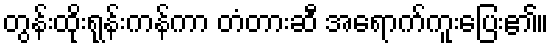
တွန်းထိုးရုန်းကန်ကာ တံတားဆီ အရောက်ကူးပြေး၏။